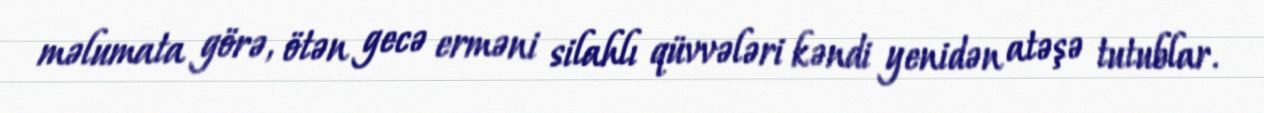
məlumata görə, ötən gecə erməni silahlı qüvvələri kəndi yenidən atəşə tutublar.